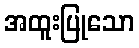
အထူးပြုသော